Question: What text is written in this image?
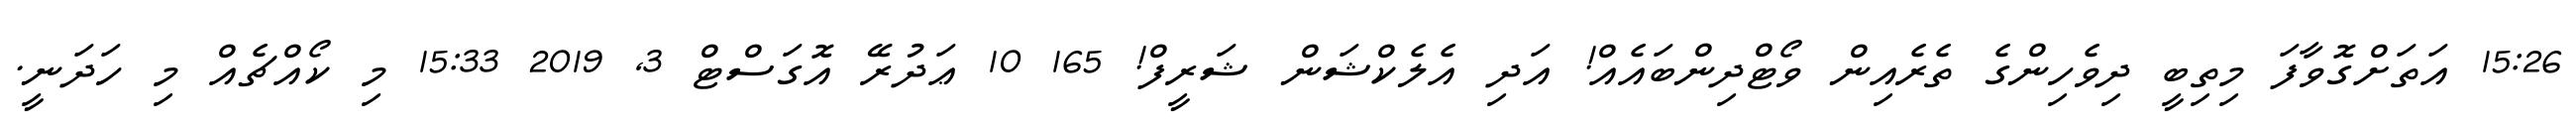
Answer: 15:26 އަތަށްގޮވާފަ މިތިބީ ދިވެހިންގެ ތެރެއިން ވޯޓްދިންބައެއް! އަދި އެލެކްޝަން ޝަރީފް! 165 10 ޢަދުރޭ އޮގަސްޓް 3, 2019 15:33 މި ކޯއްޗެއް މި ހަދަނީ.